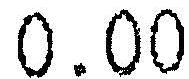
0.00